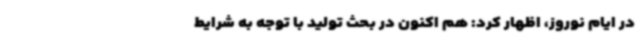
در ایام نوروز، اظهار کرد: هم اکنون در بحث تولید با توجه به شرایط